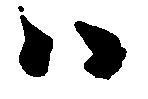
ハ